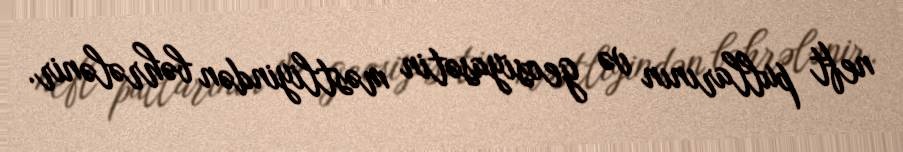
neft pullarının və geosiyasətin məstliyindən bəhrələnir.